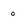
Character: o